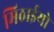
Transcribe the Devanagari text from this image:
मिठाईयो